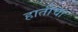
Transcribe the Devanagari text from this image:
हातीचा